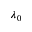
\lambda _ { 0 }